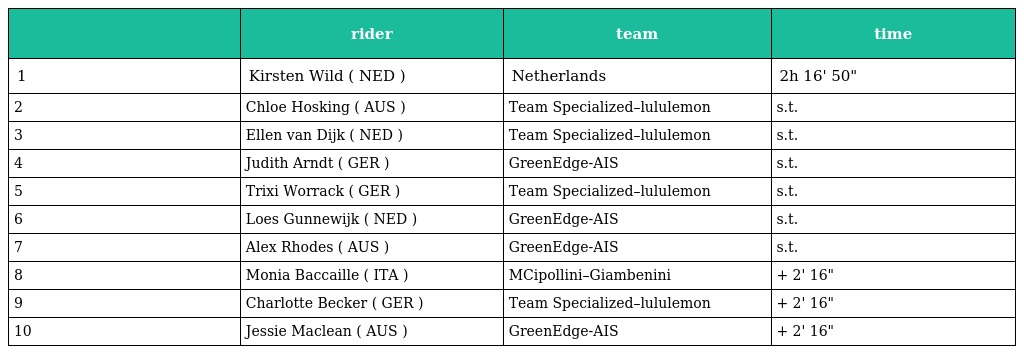
|  | rider | team | time |
 | --- | --- | --- | --- |
 | 1 | Kirsten Wild ( NED ) | Netherlands | 2h 16' 50" |
 | 2 | Chloe Hosking ( AUS ) | Team Specialized–lululemon | s.t. |
 | 3 | Ellen van Dijk ( NED ) | Team Specialized–lululemon | s.t. |
 | 4 | Judith Arndt ( GER ) | GreenEdge-AIS | s.t. |
 | 5 | Trixi Worrack ( GER ) | Team Specialized–lululemon | s.t. |
 | 6 | Loes Gunnewijk ( NED ) | GreenEdge-AIS | s.t. |
 | 7 | Alex Rhodes ( AUS ) | GreenEdge-AIS | s.t. |
 | 8 | Monia Baccaille ( ITA ) | MCipollini–Giambenini | + 2' 16" |
 | 9 | Charlotte Becker ( GER ) | Team Specialized–lululemon | + 2' 16" |
 | 10 | Jessie Maclean ( AUS ) | GreenEdge-AIS | + 2' 16" |